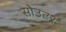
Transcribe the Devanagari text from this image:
सोउटर